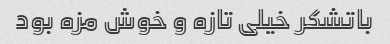
باتشکر خیلی تازه و خوش مزه بود